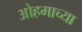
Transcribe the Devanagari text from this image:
ओहमाच्या